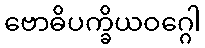
ဗောဓိပက္ခိယဝဂ္ဂေါ